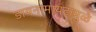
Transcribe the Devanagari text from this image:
डायनामायटामुळे